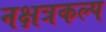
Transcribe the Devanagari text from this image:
नक्षत्रकल्प